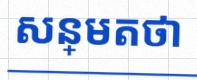
សន្មតថា x ជាចំនួនពិត